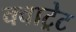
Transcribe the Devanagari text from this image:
क्वाट्रेट